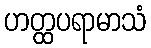
ဟတ္ထပရာမာသံ